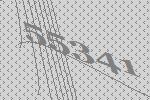
55341